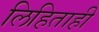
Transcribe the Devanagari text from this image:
लिहिताही